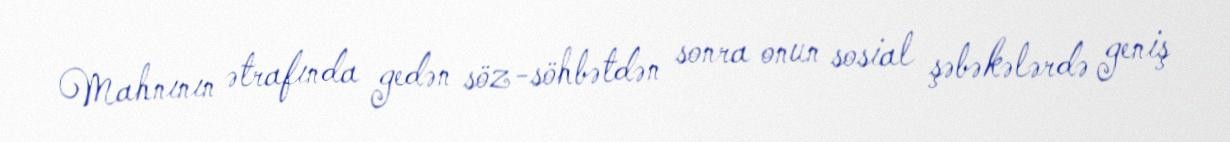
Mahnının ətrafında gedən söz-söhbətdən sonra onun sosial şəbəkələrdə geniş